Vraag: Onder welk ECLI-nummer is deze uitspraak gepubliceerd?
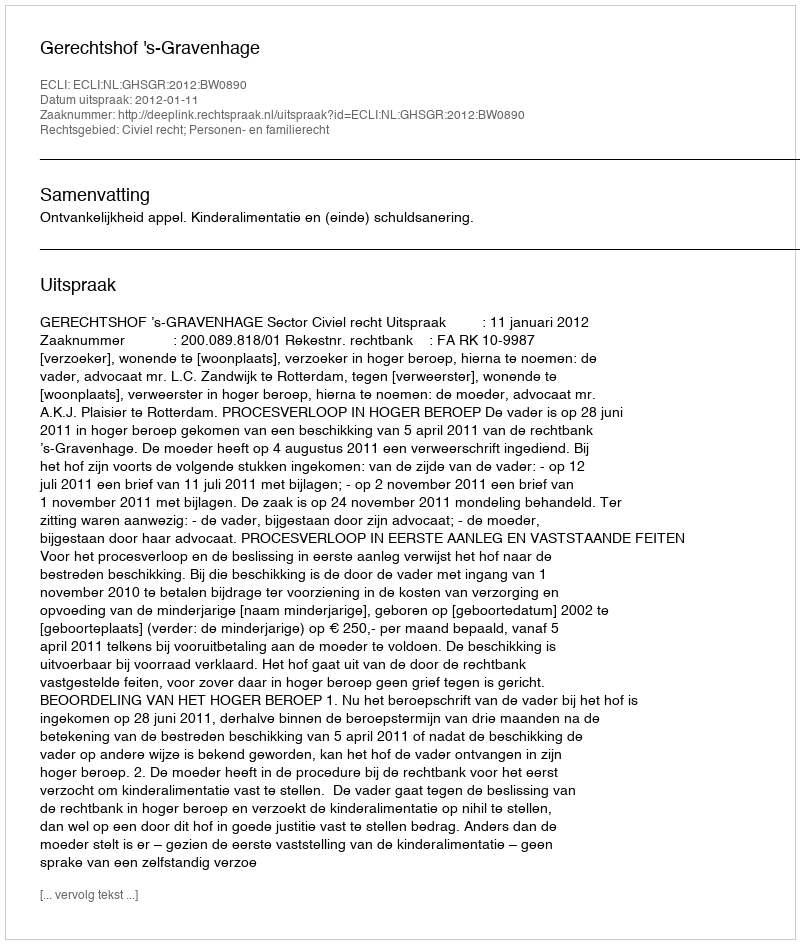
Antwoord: ECLI:NL:GHSGR:2012:BW0890